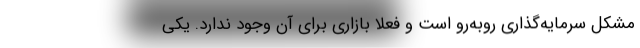
مشکل سرمایه‌گذاری روبه‌رو است و فعلا بازاری برای آن وجود ندارد. یکی